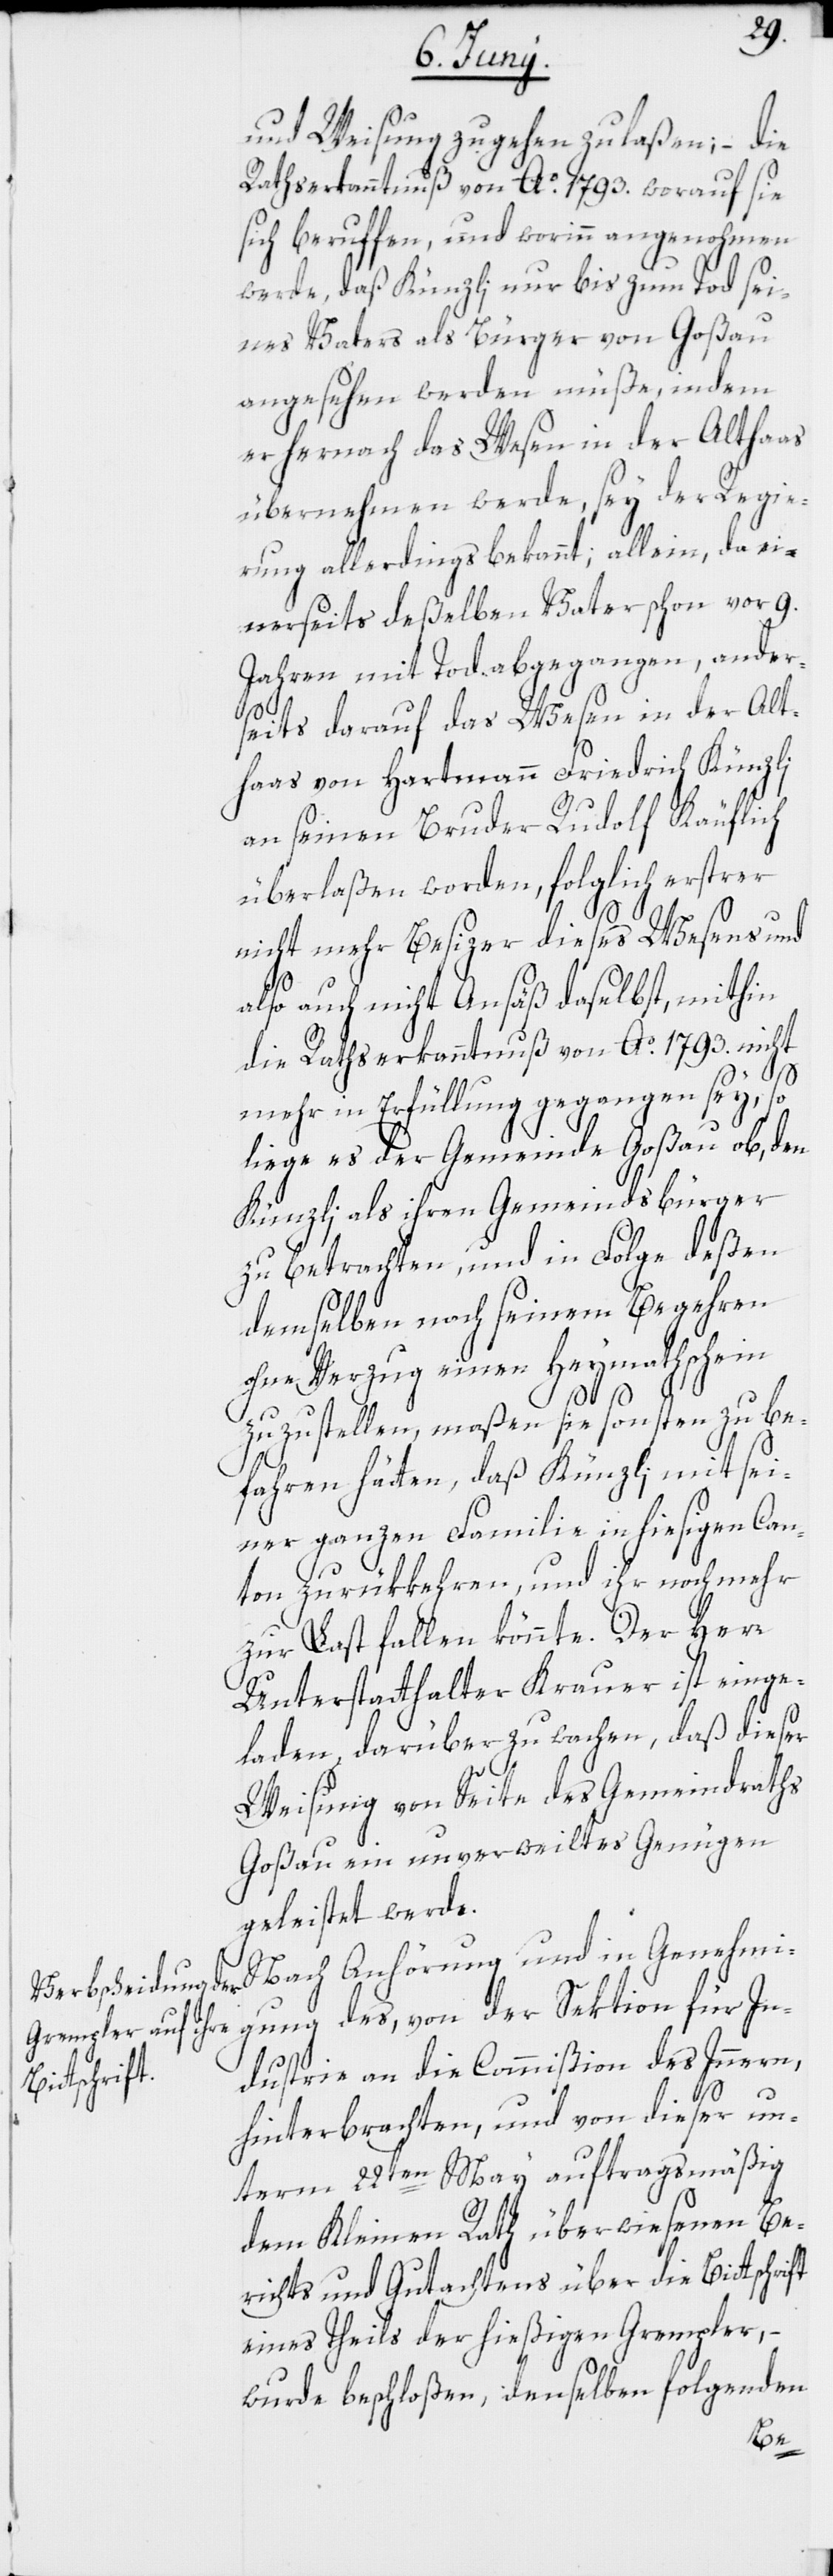
und Weisung zugehen zu laßen; – die
Rathserkanntnuß von Ao. 1793. worauf sie
sich beruffen, und worinn angenohmen
werde, daß Künzli nur bis zum Tod sei¬
nes Vaters als Bürger von Goßau
angesehen werden müße, indem
er hernach das Wesen in der Althaas
übernehmen werde, sey der Regie¬
rung allerdings bekannt; allein, da ei¬
nerseits deßelben Vater schon vor 9.
Jahren mit Tod abgegangen, ander¬
seits darauf das Wesen in der Alt¬
haas von Hartmann Friedrich Künzli
an seinen Bruder Rudolf Käuflich
überlaßen worden, folglich erstrer
nicht mehr Besizer dieses Wesens und
ft
also auch nicht Ansäß daselbst, mithin
die Rathserkanntnuß von Ao. 1793. nicht
mehr in Erfüllung gegangen sey, so
liege es der Gemeinde Goßau ob, den
Künzli als ihren Gemeindsbürger
zu betrachten, und in Folge deßen
demselben nach seinem Begehren
ohne Verzug einen Heymathschein
zuzustellen, maßen sie sonsten zu be¬
fahren hätten, daß Künzli mit sei¬
ner ganzen Familie in hiesigen Can¬
ton zurükkehren, und ihr noch mehr
zur Last fallen könnte. Der Herr
Unterstatthalter Krauer ist einge¬
laden, darüber zu wachen, daß dieser
Weisung von Seite des Gemeindraths
Goßau ein unverweiltes Genügen
geleistet werde.
Nach Anhörung und in Genehmi¬
gung des, von der Sektion für In¬
dustrie an die Commißion des Innern,
hinterbrachten, und von dieser un¬
term 22ten May auftragsmäßig
dem Kleinen Rath überwiesenen Be¬
richts und Gutachtens über die Bittschri¬
eines Theils der hießigen Grempler, –
wurde beschloßen, denselben folgenden